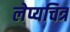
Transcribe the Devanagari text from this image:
लेप्यचित्र